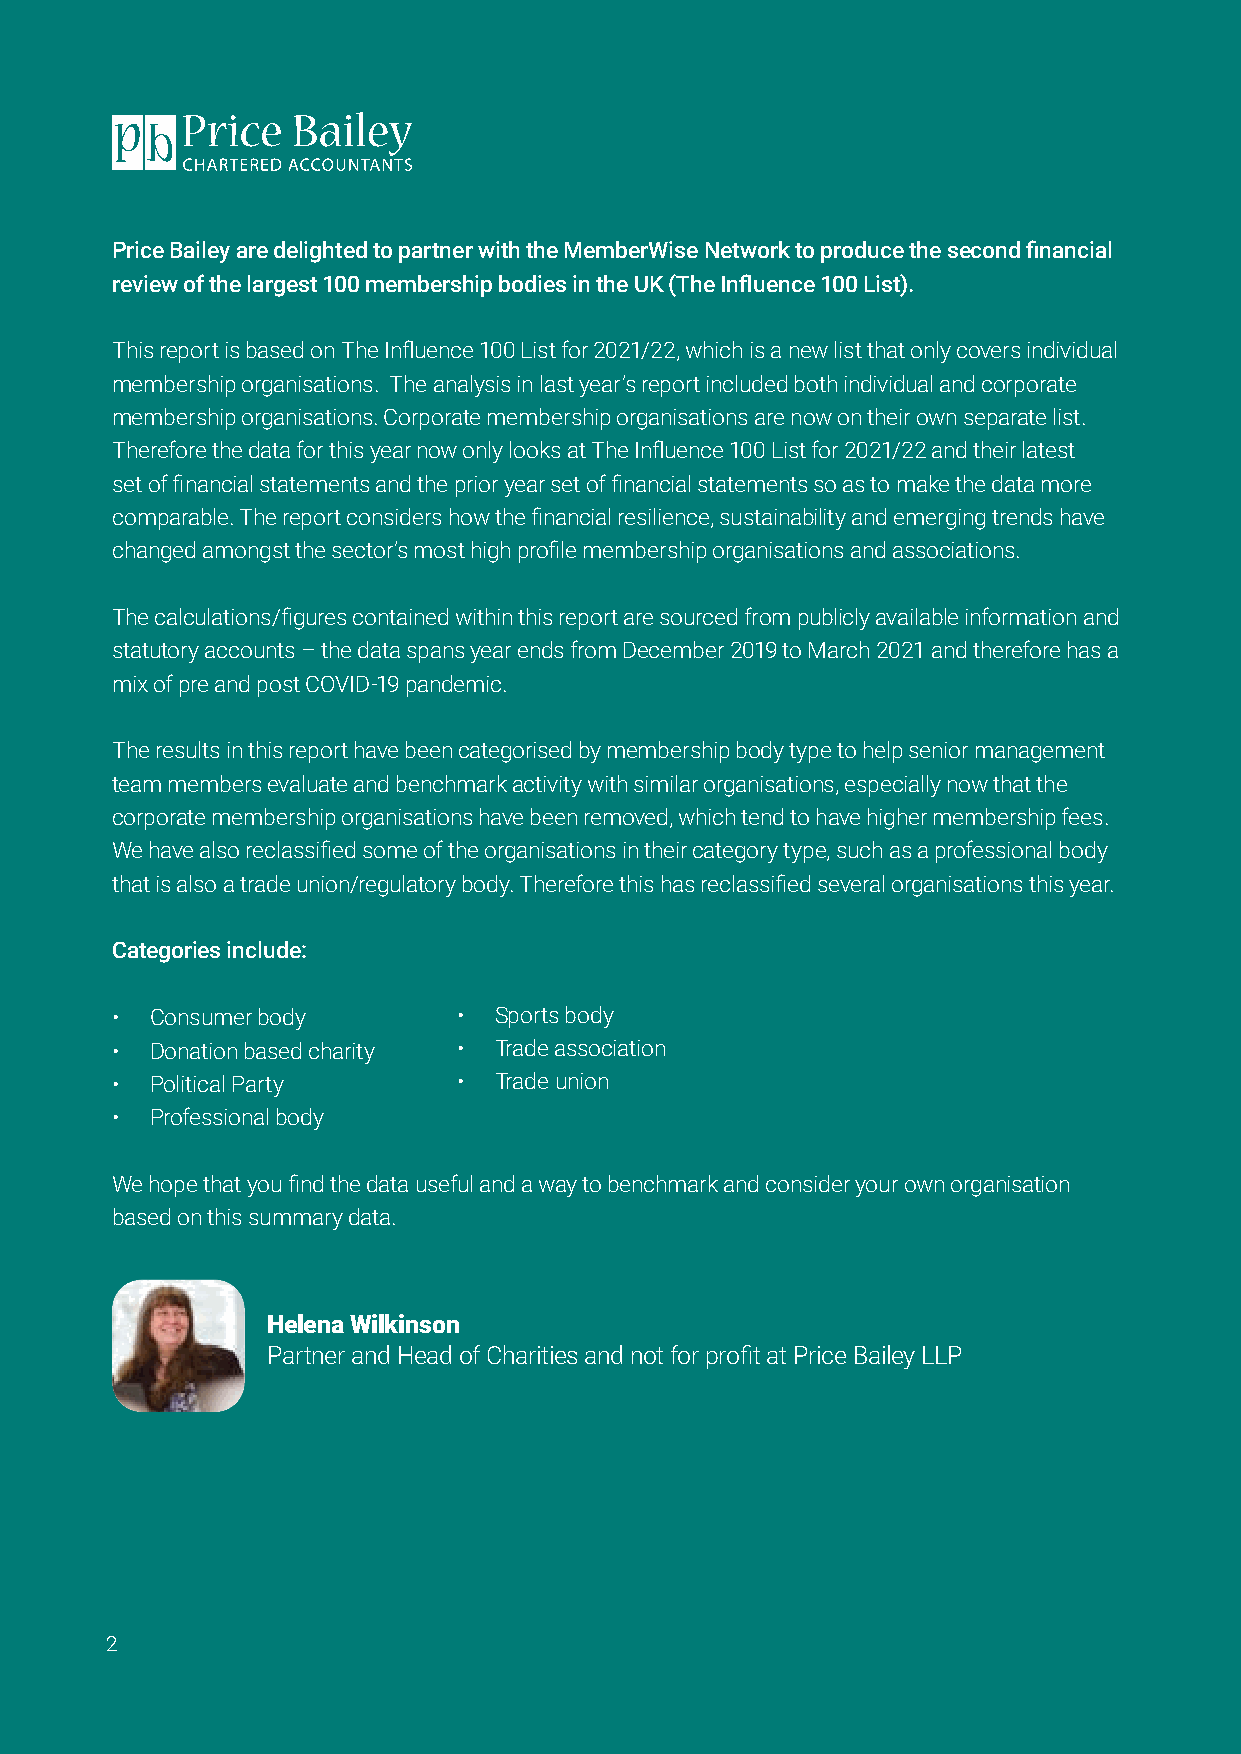
Price Bailey are delighted to partner with the MemberWise Network to produce the second financial
 review of the largest 100 membership bodies in the UK (The Influence 100 List).
 This report is based on The Influence 100 List for 2021/22, which is a new list that only covers individual
 membership organisations. The analysis in last year’s report included both individual and corporate
 membership organisations. Corporate membership organisations are now on their own separate list.
 Therefore the data for this year now only looks at The Influence 100 List for 2021/22 and their latest
 set of financial statements and the prior year set of financial statements so as to make the data more
 comparable. The report considers how the financial resilience, sustainability and emerging trends have
 changed amongst the sector’s most high profile membership organisations and associations.
 The calculations/figures contained within this report are sourced from publicly available information and
 statutory accounts – the data spans year ends from December 2019 to March 2021 and therefore has a
 mix of pre and post COVID-19 pandemic.
 The results in this report have been categorised by membership body type to help senior management
 team members evaluate and benchmark activity with similar organisations, especially now that the
 corporate membership organisations have been removed, which tend to have higher membership fees.
 We have also reclassified some of the organisations in their category type, such as a professional body
 that is also a trade union/regulatory body. Therefore this has reclassified several organisations this year.
 Categories include:
 •  Consumer body       •  Sports body
 •  Donation based charity • Trade association
 •  Political Party     •  Trade union
 •  Professional body
 We hope that you find the data useful and a way to benchmark and consider your own organisation
 based on this summary data.
 Helena Wilkinson
 Partner and Head of Charities and not for profit at Price Bailey LLP
 2